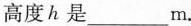
高度h是_____m.